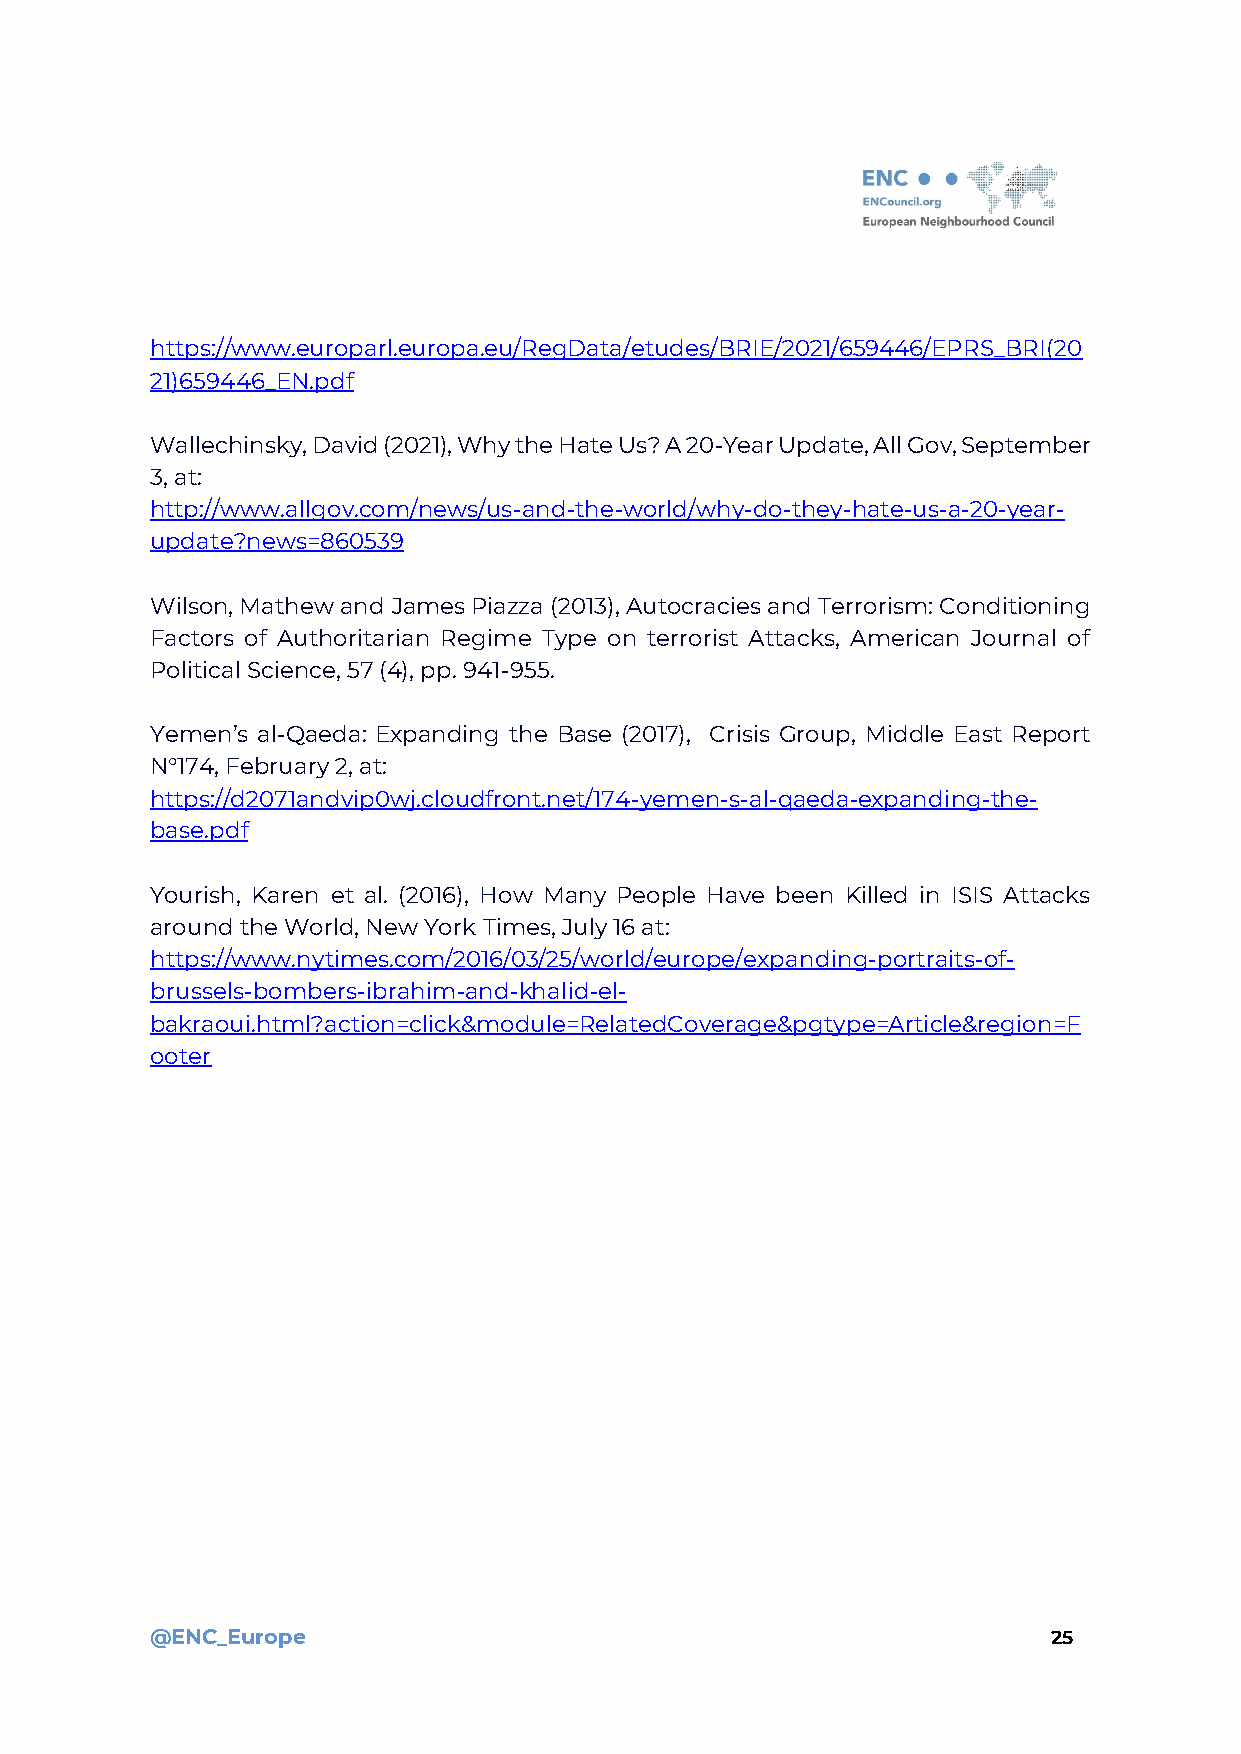
https://www.europarl.europa.eu/RegData/etudes/BRIE/2021/659446/EPRS_BRI(20
 21)659446_EN.pdf
 Wallechinsky, David (2021), Why the Hate Us? A 20-Year Update, All Gov, September
 3, at:
 http://www.allgov.com/news/us-and-the-world/why-do-they-hate-us-a-20-year-
 update?news=860539
 Wilson, Mathew and James Piazza (2013), Autocracies and Terrorism: Conditioning
 Factors of Authoritarian Regime Type on terrorist Attacks, American Journal of
 Political Science, 57 (4), pp. 941-955.
 Yemen’s al-Qaeda: Expanding the Base (2017), Crisis Group, Middle East Report
 N°174, February 2, at:
 https://d2071andvip0wj.cloudfront.net/174-yemen-s-al-qaeda-expanding-the-
 base.pdf
 Yourish, Karen et al. (2016), How Many People Have been Killed in ISIS Attacks
 around the World, New York Times, July 16 at:
 https://www.nytimes.com/2016/03/25/world/europe/expanding-portraits-of-
 brussels-bombers-ibrahim-and-khalid-el-
 bakraoui.html?action=click&module=RelatedCoverage&pgtype=Article&region=F
 ooter
 @ENC_Europe                                                 25